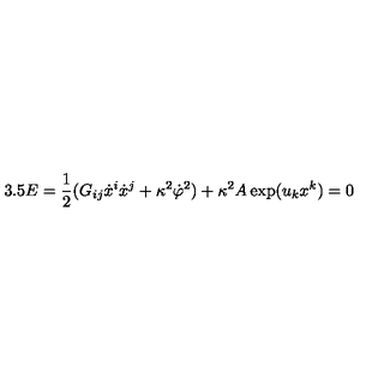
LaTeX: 3 . 5 E = \frac { 1 } { 2 } ( G _ { i j } \dot { x } ^ { i } \dot { x } ^ { j } + \kappa ^ { 2 } \dot { \varphi } ^ { 2 } ) + \kappa ^ { 2 } A \exp ( u _ { k } x ^ { k } ) = 0